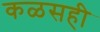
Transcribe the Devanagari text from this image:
कळसही